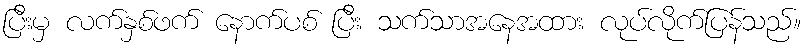
ပြီးမှ လက်နှစ်ဖက် နောက်ပစ် ပြီး သက်သာအနေအထား လုပ်လိုက်ပြန်သည်။